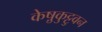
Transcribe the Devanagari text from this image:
केष़ुकुट्टुवन